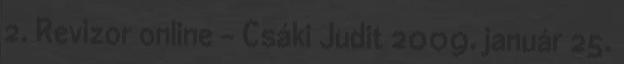
2. Revizor online - Csáki Judit 2009. január 25.